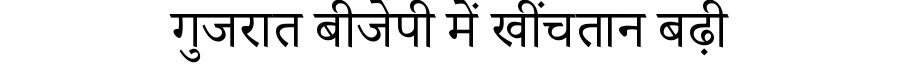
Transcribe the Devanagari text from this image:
गुजरात बीजेपी में खींचतान बढ़ी